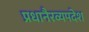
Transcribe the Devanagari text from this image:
प्रधानैरव्यपदेश